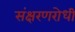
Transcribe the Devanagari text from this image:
संक्षरणरोधी